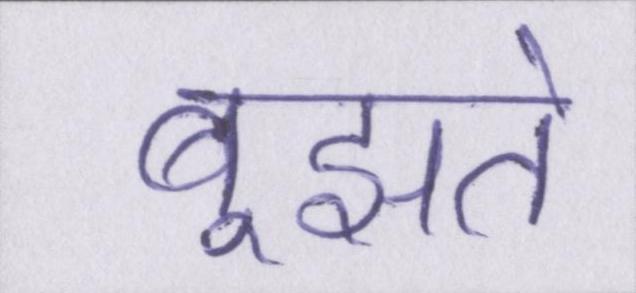
बूझते